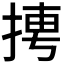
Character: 𭡌